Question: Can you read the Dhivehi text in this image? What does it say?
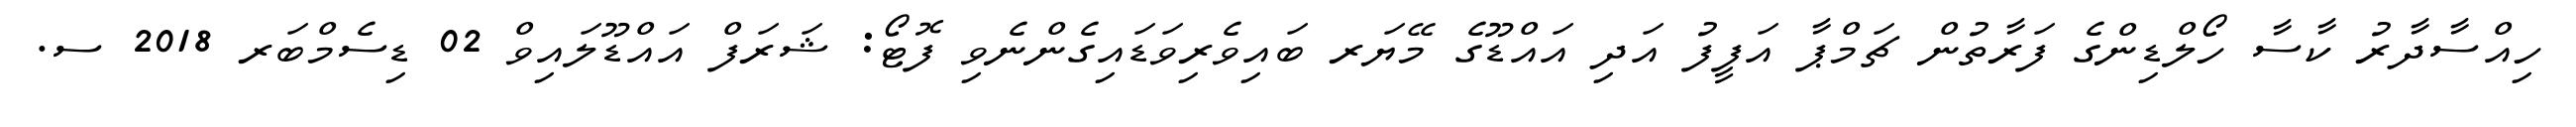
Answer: ހިއްސާދާރު ކާސާ ހޯލްޑިންގެ ފަރާތުން ޗަމްޕާ އަފީފު އަދި އައްޑޫގެ މޭޔަރ ބައިވެރިވަޑައިގެންނެވި ފޮޓޯ: ޝަރަފް އައްޑޫލައިވް 02 ޑިސެމްބަރ 2018 ސ.